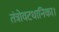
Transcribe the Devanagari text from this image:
तंत्रोवटधानिका।